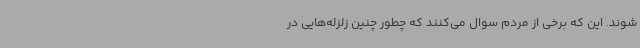
شوند. این که برخی از مردم سوال می‌کنند که چطور چنین زلزله‌هایی در